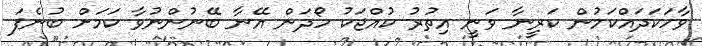
ވާހަކަދައްކަމުން ކަރީނާ ވަނީ އިތުރު ކުއްޖަކު ހޯދަން އޭނާ ބޭނުންނުވާ ކަމަށް ބުނެފަ